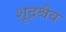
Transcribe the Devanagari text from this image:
शूद्रश्चैव